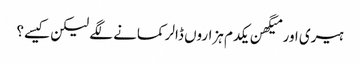
ہیری اور میگھن یکدم ہزاروں ڈالر کمانے لگے لیکن کیسے؟